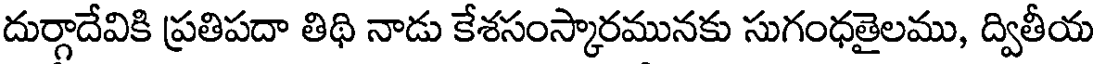
దుర్గాదేవికి ప్రతిపదా తిథి నాడు కేశసంస్కారమునకు సుగంధతైలము, ద్వితీయ